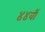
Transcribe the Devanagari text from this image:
४४वीं